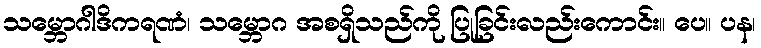
သမ္ဘောဂါဒိကရဏံ၊ သမ္ဘောဂ အစရှိသည်ကို ပြုခြင်းလည်းကောင်း။ ပေ။ ပန၊